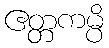
ဧတ္တကမ္ပိ